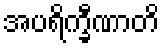
အပရိက္ခီဏာတိ